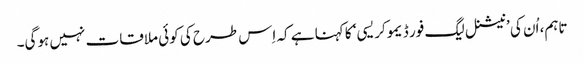
تاہم، اُن کی ’نیشنل لیگ فور ڈیموکریسی‘ کا کہنا ہے کہ اِس طرح کی کوئی ملاقات نہیں ہوگی۔